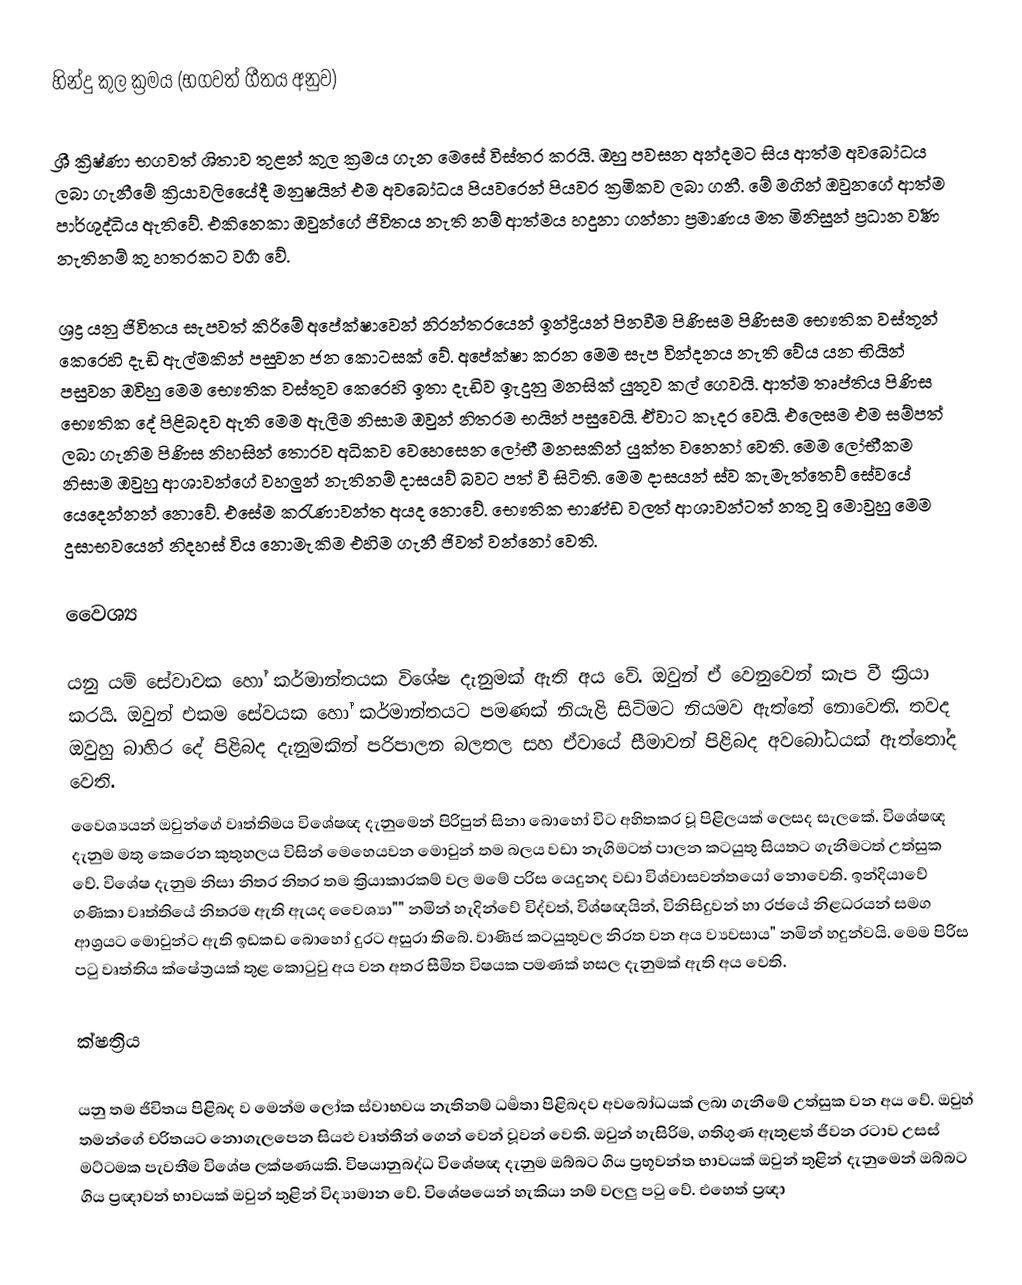
හින්දු කුල ක්‍රමය (භගවත් ගීතය අනුව)

ශ්‍රී ක්‍රිෂ්ණා භගවත් ශිතාව තුළන්  කුල ක්‍රමය ගැන මෙසේ විස්තර කරයි. ඔහු පවසන අන්දමට සිය ආත්ම අවබෝධය ලබා ගැනීමේ ක්‍රියාවලියෙේදී මනුෂයින් එම අවබෝධය පියවරෙන් පියවර ක්‍රමිකව ලබා ගනී. මේ මගින් ඔවුනගේ ආත්ම පාර්ශුද්ධිය ඇතිවේ. එකිනෙකා ඔවුන්ගේ ජිවිතය නැති නම් ආත්මය හදුනා ගන්නා ප්‍රමාණය මත මිනිසුන් ප්‍රධාන  වර්‍ණ නැතිනම් කු හතරකට වර්‍ග වේ.

ශ්‍රද්‍ර යනු ජිවිතය සැපවත් කිරිමේ අපේක්ෂාවෙන් නිරන්තරයෙන් ඉන්ද්‍රියන් පිනවීම පිණිසම‍ පිණිසම භෞතික වස්තූන් කෙරෙහි දැඩි ඇල්මකින් පසුවන ජන කොටසක් වේ. අපේක්ෂා කරන මෙම සැප වින්දනය නැති වේය යන භියින් පසුවන ඔවිහු මෙම භෞතික  වස්තුව කෙරෙහි ඉතා දැඩිව ඉැදුනු මනසික් යුතුව කල් ගෙවයි. ආත්ම තෘප්තිය පිණිස භෞතික දේ පිළිබදව ඇති මෙම ඇලීම නිසාම ඔවුන් නිතරම භයින්  පසුවෙයි.  ඒවාට කෑදර වෙයි.  එලෙසම එම සම්පත් ලබා ගැනිම පිණිස නිහසින් තොරව අධිකව වෙහෙසෙන ලෝභී මනසකින් යුක්ත වන‍්නෝ වෙති. මෙම ලෝභීකම නිසාම ඔවුහු ආශාවන්ගේ වහලුන් නැතිනම් දාසයව් බවට පත් වී සිටිති. මෙම දාසයන් ස්ව කැමැත්තෙව් සේවයේ යෙදෙන්නන් නොවේ. එසේම කරැණාවන්ත අයද නොවේ. භෞතික භාණ්ඩ වලත් ආශාවන්ටත් නතු වූ  මොවුහු මෙම දුසාභවයෙන් නිදහස් විය නොමැකිම එහිම ගැනී ජිවත් වන්නෝ වෙති.

වෛශ්‍ය

යනු යම් සේවාවක හෝ කර්මාන්තයක විශේෂ දැනුමක් ඇති අය වේ. ඔවුන් ‍ඒ වෙනුවෙන් කැප වී ක්‍රියා කරයි. ඔවුන් එකම සේවයක හෝ කර්මාන්තයට පමණක් නියැළි සිටිමට නියමව ඇත්තේ නොවෙති. තවද ඔවුහු බාහිර දේ පිළිබද දැනුමකින් පරිපාලන බලතල සහ ඒවායේ සීමාවන් පිළිබද අවබෝධයක් ඇත්තෝද වෙති.
වෛශ්‍යයන් ඔවුන්ගේ වෘත්තිමය විශේෂඥ දැනුමෙන් පිරිපුන් සිනා බොහෝ විට අහිතකර වූ පිළිලයක් ලෙසද සැලකේ.  විශේෂඥ  දැනුම මතු කෙරෙන  කුතුහලය විසින් මෙහෙයවන මොවුන් තම බලය වඩා නැගිමටත් පාලන කටයුතු සියතට ගැනීමටත් උත්සුක වේ. විශේෂ දැනුම නිසා නිතර නිතර තම ක්‍රියාකාරකම් වල මමේ පරිස යෙදුනද වඩා විශ්වාසවන්ත‍යෝ නොවෙති. ඉන්දියාවේ ගණිකා වෘත්තියේ නිතරම ඇති ඇයද වෛශ්‍යා"" නමින් හැදින්වේ විද්වත්, විශ්ෂඥයින්, විනිසිදුවන් හා රජයේ නිළධරයන් සමග ආශ්‍රයට මොවුන්ට ඇති ඉඩකඩ බොහෝ දුරට අසුරා තිබේ. වාණිජ කටයුතුවල නිරත වන අය ව්‍යවසාය" නමින් හදුන්වයි. මෙම පිරිස පටු වෘත්තිය ක්ෂේත්‍රයක් තුළ  කොටුවු අය වන අතර සීමිත විෂයක පමණක් හසල දැනුමක් ඇති අය වෙති.

ක්ෂත්‍රිය

යනු තම ජිවිතය පිළිබද ව මෙන්ම ලෝක ස්වාභවය නැතිනම් ධර්‍මතා පිළිබදව අවබෝධයක් ලබා ගැනීමේ උත්සුක වන අය වේ. ඔවුහ් තමන්ගේ චරිතයට නොගැලපෙන සියළු වෘත්තීන් ගෙන් වෙන් වූවන් වෙති. ඔවුන් හැසිරිම, ගතිගුණ ඇතුළත් ජිවන රටාව උසස් මට්ටමක පැවතීම විශේෂ ලක්ෂණයකි. විෂයානුබද්ධ විශේෂඥ දැනුම  ඔබ්බට ගිය ප්‍රභූවන්ත භාවයක් ඔවුන් තුළින් දැනුමෙන් ඔබ්බට ගිය ප්‍රඥාවන් භාවයක් ඔවුන් තුළින් විද්‍යාමාන වේ. විශේෂයෙන් හැකියා නම් වලලු පටු වේ. එහෙත් ප්‍රඥා